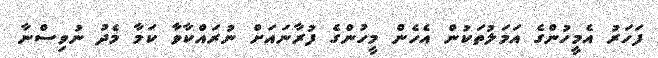
ފަހަރު އެމީހުންގެ އަމަލުތަކުން އެހެން މީހުންގެ ފުރާނައަށް ނުރައްކާވާ ކަމާ މެދު ނުވިސްނާ